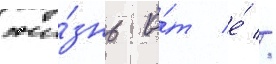
жи́знь о́т е́ //